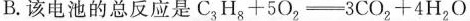
B.该电池的总反应是$$C_{3}H_{3}+5O_{2}=3CO_{2}+4H_{2}O$$